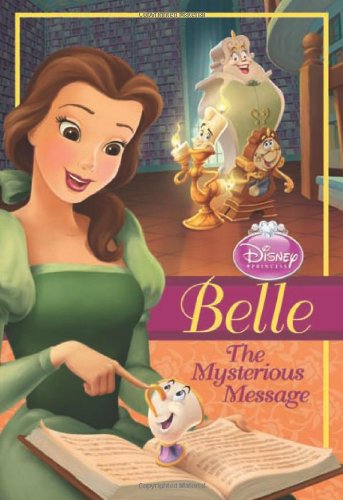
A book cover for Belle: The Mysterious Message (Disney Princess Early Chapter Books); Disney Book Group; Children's Books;